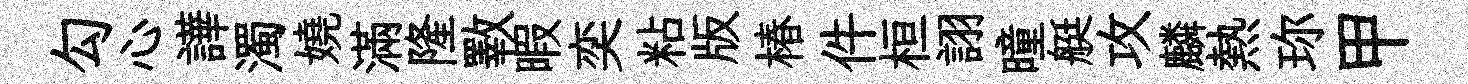
勾心譁濁嬈滿隆斁暇奕粘版椿件桓詡曈艇攻麟熱珎甲